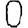
Digit: 0